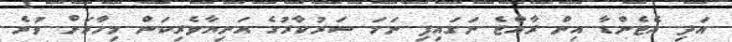
އަދި އެޖެންޑާ އިން ރާއްޖެ ނަގައިފި ނަމަ ސަރުކާރުގެ އަނިޔާވެރިކަން މިހާރަށް ވުރެ